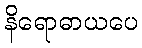
နိရောဓာယပေ